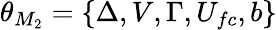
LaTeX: \theta_{M_{2}}=\{ \Delta,V,\Gamma,U_{fc},b\}